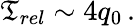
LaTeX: \mathfrak{T}_{rel}\sim4q_{0}\, .